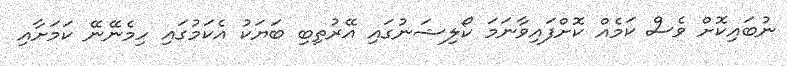
ނުބައިކޮށް ވެސް ކަމެއް ކޮށްފައިވާނަމަ ކޯލިޝަނުގައި އޭރުތިބި ބަޔަކު އެކަމުގައި ހިމެނޭނޭ ކަމަށާއި